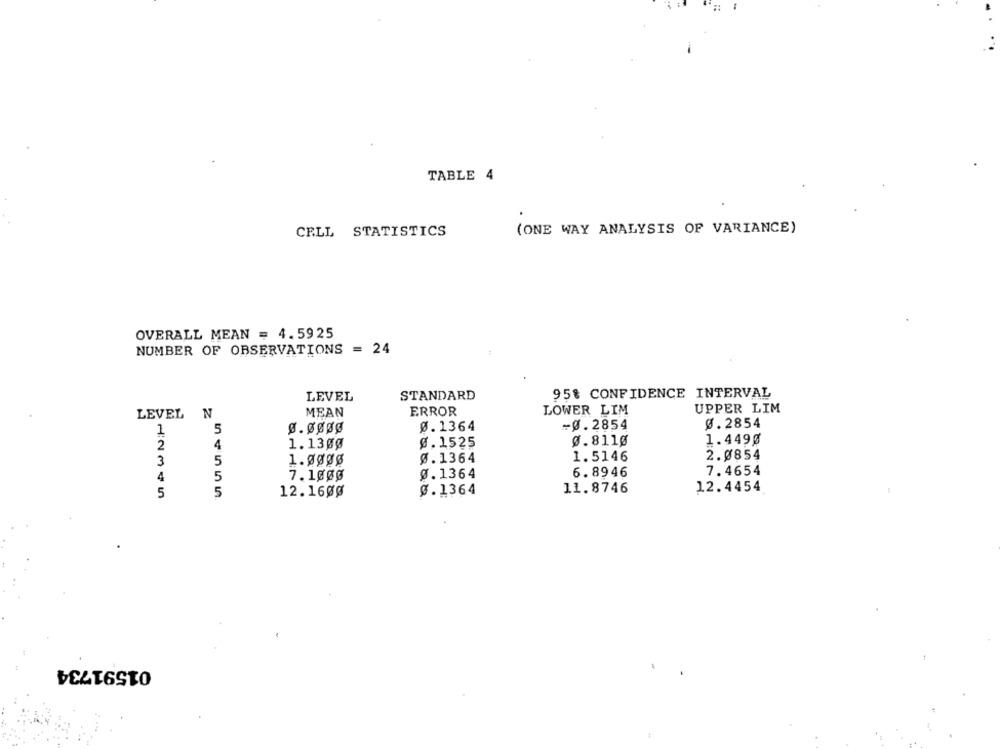
TABLE 4
CELL STATISTICS
(ONE WAY ANALYSIS OF VARIANCE)
OVERALL MEAN = 4.5925
NUMBER OF OBSERVATIONS = 24
LEVEL
STANDARD
95% CONFIDENCE INTERVAL
MEAN
ERROR
LOWER LIM
UPPER LIM
LEVEL N
Ø.1364
-Ø.2854
Ø. 2854
1
5
@.1525
Ø.811Ø
1.449Ø
2
4
1.13øØ
2.0854
3
5
Ø.1364
1.5146
7.4654
4
5
7.1000
Ø.1364
6.8946
5
5
12.16øØ
0.1364
11.8746
12.4454
01591734